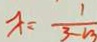
x = \frac { 1 } { 3 - m }